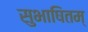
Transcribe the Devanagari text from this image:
सुभाषितम्